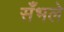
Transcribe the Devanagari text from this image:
सँभले